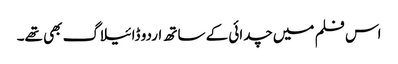
اس فلم میں چدائی کے ساتھ اردو ڈائیلاگ بھی تھے۔